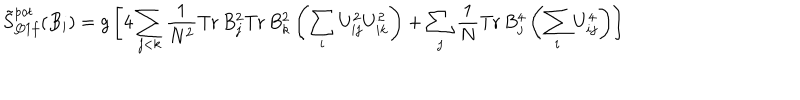
LaTeX: \tilde { S } _ { Q 1 f } ^ { p o t } ( B _ { i } ) = g \left[ 4 \sum _ { j < k } \frac { 1 } { N ^ { 2 } } \mathrm { T r } \, B _ { j } ^ { 2 } \mathrm { T r } \, B _ { k } ^ { 2 } \left( \sum _ { i } U _ { i j } ^ { 2 } U _ { i k } ^ { 2 } \right) + \sum _ { j } \frac { 1 } { N } \mathrm { T r } \, B _ { j } ^ { 4 } \left( \sum _ { i } U _ { i j } ^ { 4 } \right) \right]